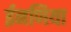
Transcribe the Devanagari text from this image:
ईनणिया